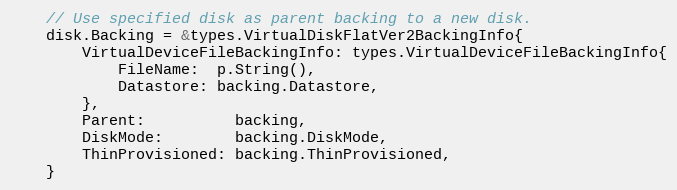
Language: Go
	// Use specified disk as parent backing to a new disk.
	disk.Backing = &types.VirtualDiskFlatVer2BackingInfo{
		VirtualDeviceFileBackingInfo: types.VirtualDeviceFileBackingInfo{
			FileName:  p.String(),
			Datastore: backing.Datastore,
		},
		Parent:          backing,
		DiskMode:        backing.DiskMode,
		ThinProvisioned: backing.ThinProvisioned,
	}